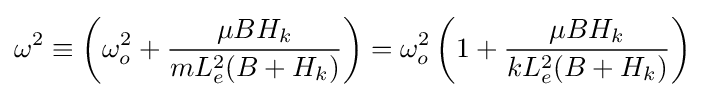
\omega ^{2}\equiv \left(\omega _{o}^{2}+{\frac {\mu BH_{k}}{mL_{e}^{2}(B+H_{k})}}\right)=\omega _{o}^{2}\left(1+{\frac {\mu BH_{k}}{kL_{e}^{2}(B+H_{k})}}\right)